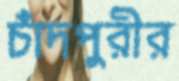
চাঁদপুরীর